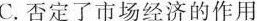
C.否定了市场经济的作用